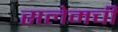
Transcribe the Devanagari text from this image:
सलेमची